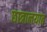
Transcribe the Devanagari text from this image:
छात्रालयात